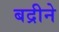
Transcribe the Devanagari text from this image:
बद्रीने